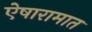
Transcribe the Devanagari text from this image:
ऐषारामात